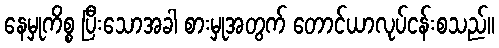
နေမှုကိစ္စ ပြီးသောအခါ စားမှုအတွက် တောင်ယာလုပ်ငန်းစသည်။